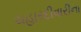
ચહારદીવારીના